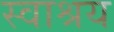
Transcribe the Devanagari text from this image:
स्वाश्रय